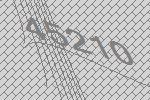
45210